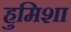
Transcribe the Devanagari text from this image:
हुमिशा